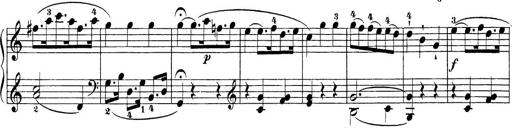
Title: Sonatina Album
Composer: Louis KÃ¶hler